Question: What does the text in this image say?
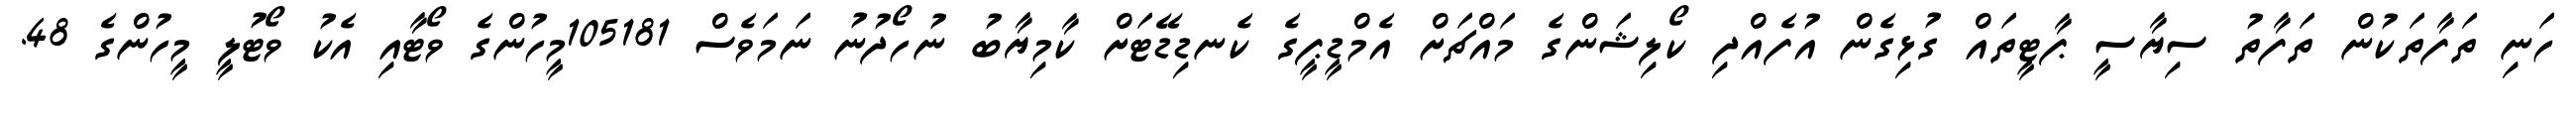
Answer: ހަނި ތަފާތަކުން ތަފާތު ސިޔާސީ ޕާޓީތައް ގުޅިގެން އުފެއްދި ކޯލިޝަންގެ މައްޗަށް އެމްޑީޕީގެ ކެނޑިޑޭޓަށް ކާމިޔާބު ނުހޯދުނު ނަމަވެސް 105181މީހުންގެ ވޯޓާއި އެކު ވޯޓުލީ މީހުންގެ 48.